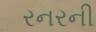
રનરની